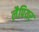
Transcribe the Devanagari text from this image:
लैपियर